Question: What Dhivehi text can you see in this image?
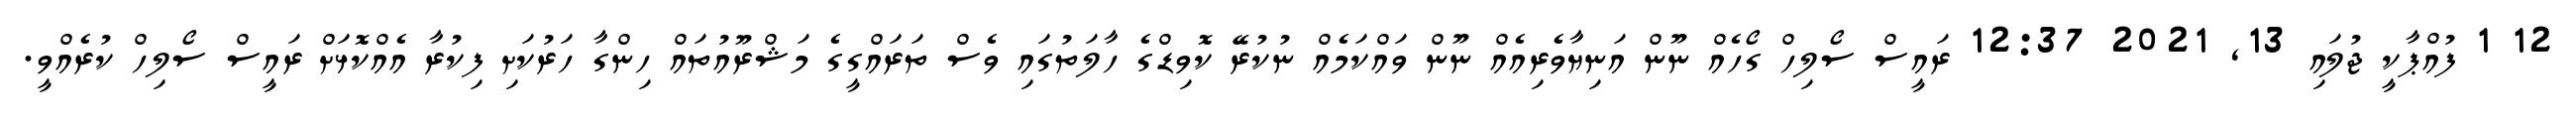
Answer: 12 1 ފުއްޕާކީ ޖުލައި 13, 2021 12:37 ރައީސް ސޯލިހް ގޯހެއް ނޫން އަނިޔާވެރިއެއް ނޫން ވައްކަމެއް ނުކުރޭ ކޮވިޑްގެ ހާލަތުގައި ވެސް ތަރައްގީގެ މަޝްރޫއުތައް ހިންގާ ހަރުކަށި ފިކުރާ އެއްކޮޅަށް ރައީސް ސޯލިހް ކުރެއްވީ.